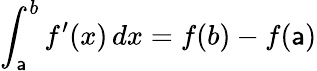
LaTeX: \int_{\mathsf{a}}^{b}f^{\prime}(x)\, dx=f(b)-f(\mathsf{a})